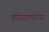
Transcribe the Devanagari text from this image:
प्रीप्राइमरीया